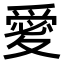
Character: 𭐫